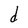
Character: d